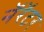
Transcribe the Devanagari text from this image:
नॅरॅटर